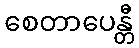
စေတာပေန္တီ